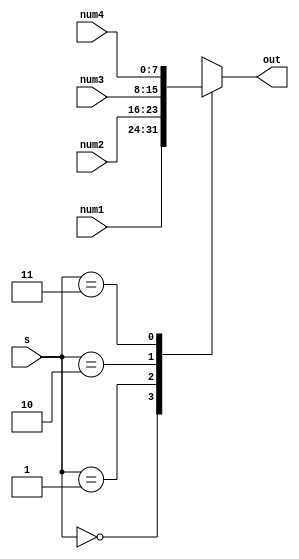
`timescale 1ns / 1ps
//////////////////////////////////////////////////////////////////////////////////
// Company: 
// Engineer: 
// 
// Design Name: 
// Module Name: mux4x1
// Project Name: 
// Target Devices: 
// Tool Versions: 
// Description: 
// 
// Dependencies: 
// 
// Revision:
// Revision 0.01 - File Created
// Additional Comments:
// 
//////////////////////////////////////////////////////////////////////////////////

module mux4x1 #(parameter n=8)(
    input [n-1:0]num1,
    input [n-1:0] num2,num3,num4,
    input [1:0]s,
    output reg [n-1:0] out
    );
    always@(*)
    begin
    case (s)
    2'b00: out= num1; //
    2'b01: out= num2;//
    2'b10: out= num3;//
    2'b11: out= num4;//
    default: out=0;
    endcase
    end
endmodule